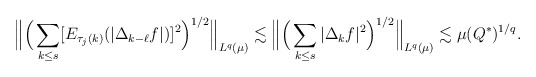
\begin{align*}\Big\| \Big(\sum_{k \le s} [E_{\tau_j(k)}(|\Delta_{k-\ell} f|)]^2 \Big)^{1/2}\Big\|_{L^q(\mu)}&\lesssim \Big\| \Big(\sum_{k \le s} |\Delta_k f|^2 \Big)^{1/2}\Big\|_{L^q(\mu)} \lesssim \mu(Q^*)^{1/q}.\end{align*}